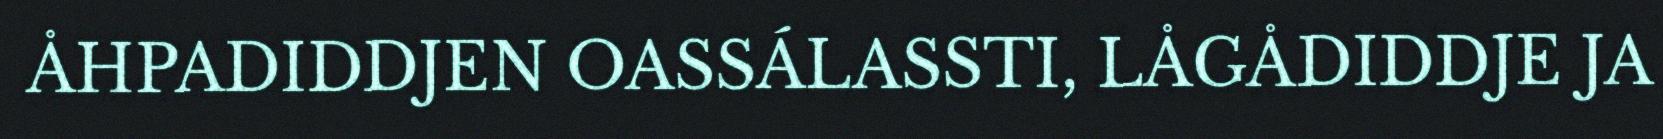
ÅHPADIDDJEN OASSÁLASSTI, LÅGÅDIDDJE JA